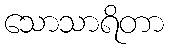
သောသာရိတာ